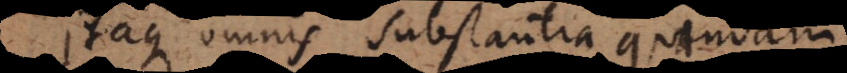
Itaque omnis substantia quendam